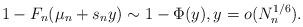
LaTeX: \begin{align*} 1 - F_n(\mu_n + s_n y) \sim 1 - \Phi(y), y = o(N_n^{1/6}). \end{align*}